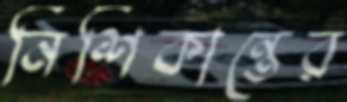
নিশিকান্তের